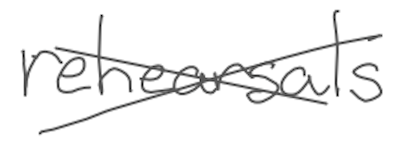
Text: rehearsals
Cross-out: cross
Writing tool: digital_gray